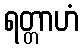
ရတ္တာဟံ